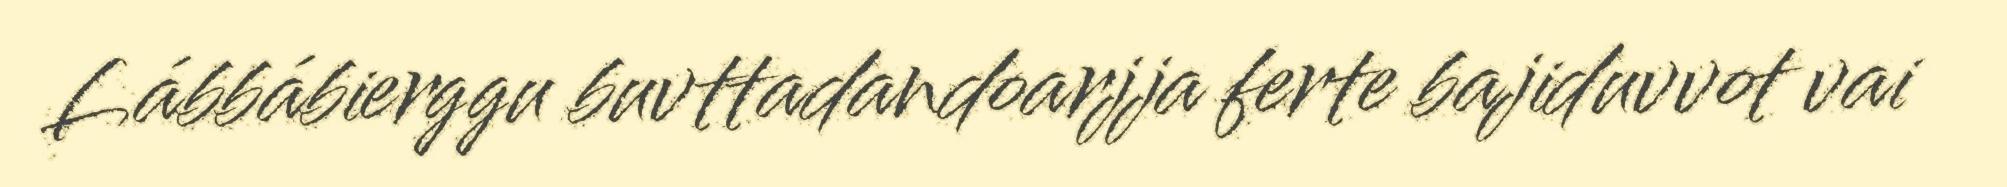
Lábbábierggu buvttadandoarjja ferte bajiduvvot vai